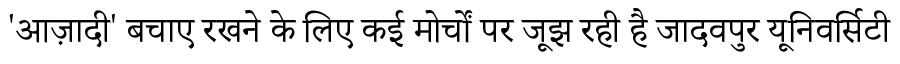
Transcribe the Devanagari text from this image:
'आज़ादी' बचाए रखने के लिए कई मोर्चों पर जूझ रही है जादवपुर यूनिवर्सिटी